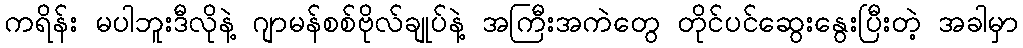
ကရိန်း မပါဘူးဒီလိုနဲ့ ဂျာမန်စစ်ဗိုလ်ချုပ်နဲ့ အကြီးအကဲတွေ တိုင်ပင်ဆွေးနွေးပြီးတဲ့ အခါမှာ